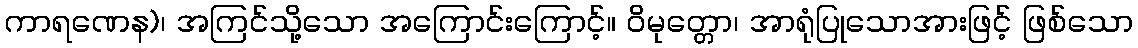
ကာရဏေန)၊ အကြင်သို့သော အကြောင်းကြောင့်။ ဝိမုတ္တော၊ အာရုံပြုသောအားဖြင့် ဖြစ်သော